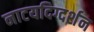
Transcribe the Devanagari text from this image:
नाटयदिग्दर्शन